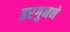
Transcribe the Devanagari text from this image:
इरगुनने